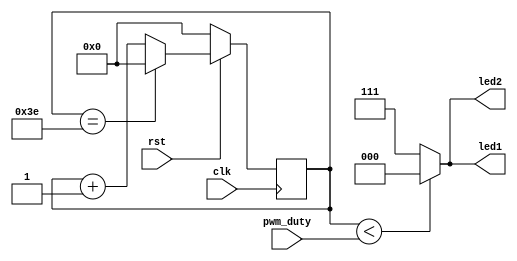
// ********************************************************************
// >>>>>>>>>>>>>>>>>>>>>>>>> COPYRIGHT NOTICE <<<<<<<<<<<<<<<<<<<<<<<<<
// ********************************************************************
// Module name  : clk_div
// Description  : 
// Web          : www.stepfpga.com
// 
// --------------------------------------------------------------------
// Code Revision History : 
// --------------------------------------------------------------------
// Version: |Mod. Date:   |Changes Made:
// V1.0     |2017/06/10   |Initial ver
// --------------------------------------------------------------------
module rgb_led(clk,rst,pwm_duty,led1,led2);

	input				clk;			//
	input				rst;			//
	input		[7:0]	pwm_duty;		//PWMRGB_LED
	output	reg	[2:0]	led1;			//RGB_LED1
	output	reg	[2:0]	led2;			//RGB_LED2
	
	reg		[5:0]	count;				//PWM
	localparam	cycle=6'd63;
		always@(posedge clk)
			if (!rst)
				count<=0;
			else if(count==cycle-1)
				count<=0;
			else
				count<=count+1;			
		always@(*)
			begin
			if(count<pwm_duty)
				begin
					led1<=3'b000;
					led2<=3'b000;
				end
			else
				begin
					led1<=3'b111;
					led2<=3'b111;
				end
			end	
	
endmodule